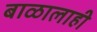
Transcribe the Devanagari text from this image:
बाळालाही